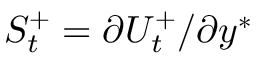
S _ { t } ^ { + } = \partial U _ { t } ^ { + } / \partial y ^ { * }